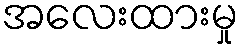
အလေးထားမှု